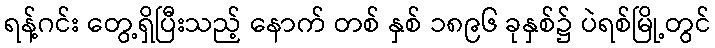
ရန့်ဂင်း တွေ့ရှိပြီးသည့် နောက် တစ် နှစ် ၁၈၉၆ ခုနှစ်၌ ပဲရစ်မြို့တွင်